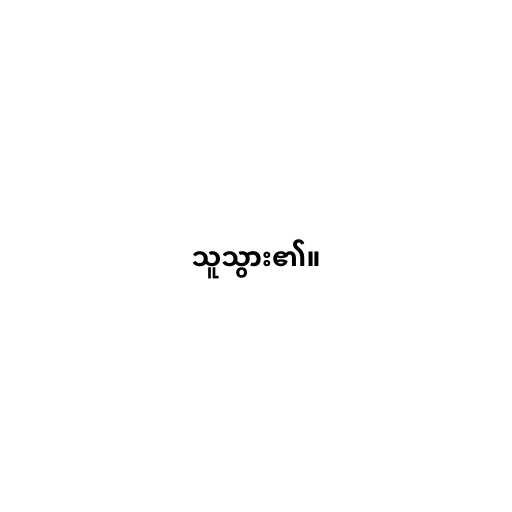
သူသွား၏။